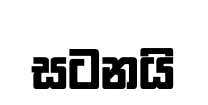
සටනයි